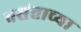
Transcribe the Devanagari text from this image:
वसंताच्या